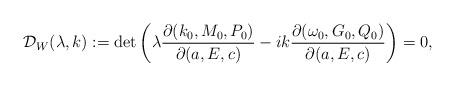
LaTeX: \begin{align*}\mathcal{D}_W(\lambda,k):=\det\left(\lambda\frac{\partial(k_0,M_0,P_0)}{\partial(a,E,c)}-ik\frac{\partial(\omega_0,G_0,Q_0)}{\partial(a,E,c)}\right)=0,\end{align*}